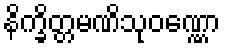
နိက္ခိတ္တမဏိသုဝဏ္ဏော